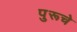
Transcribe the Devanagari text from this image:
पुरूचे